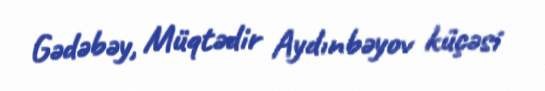
Gədəbəy, Müqtədir Aydınbəyov küçəsi